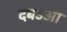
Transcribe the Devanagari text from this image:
दबउआ